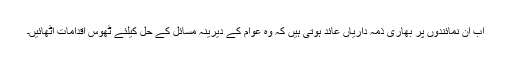
اب ان نمائندوں پر بھاری ذمہ داریاں عائد ہوتی ہیں کہ وہ عوام کے دیرینہ مسائل کے حل کیلئے ٹھوس اقدامات اٹھائیں۔